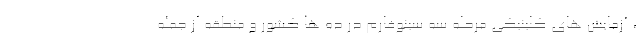
، آزمایش های کلینیکی مرحله سه سینوفارم در ده ها کشور و منطقه از جمله